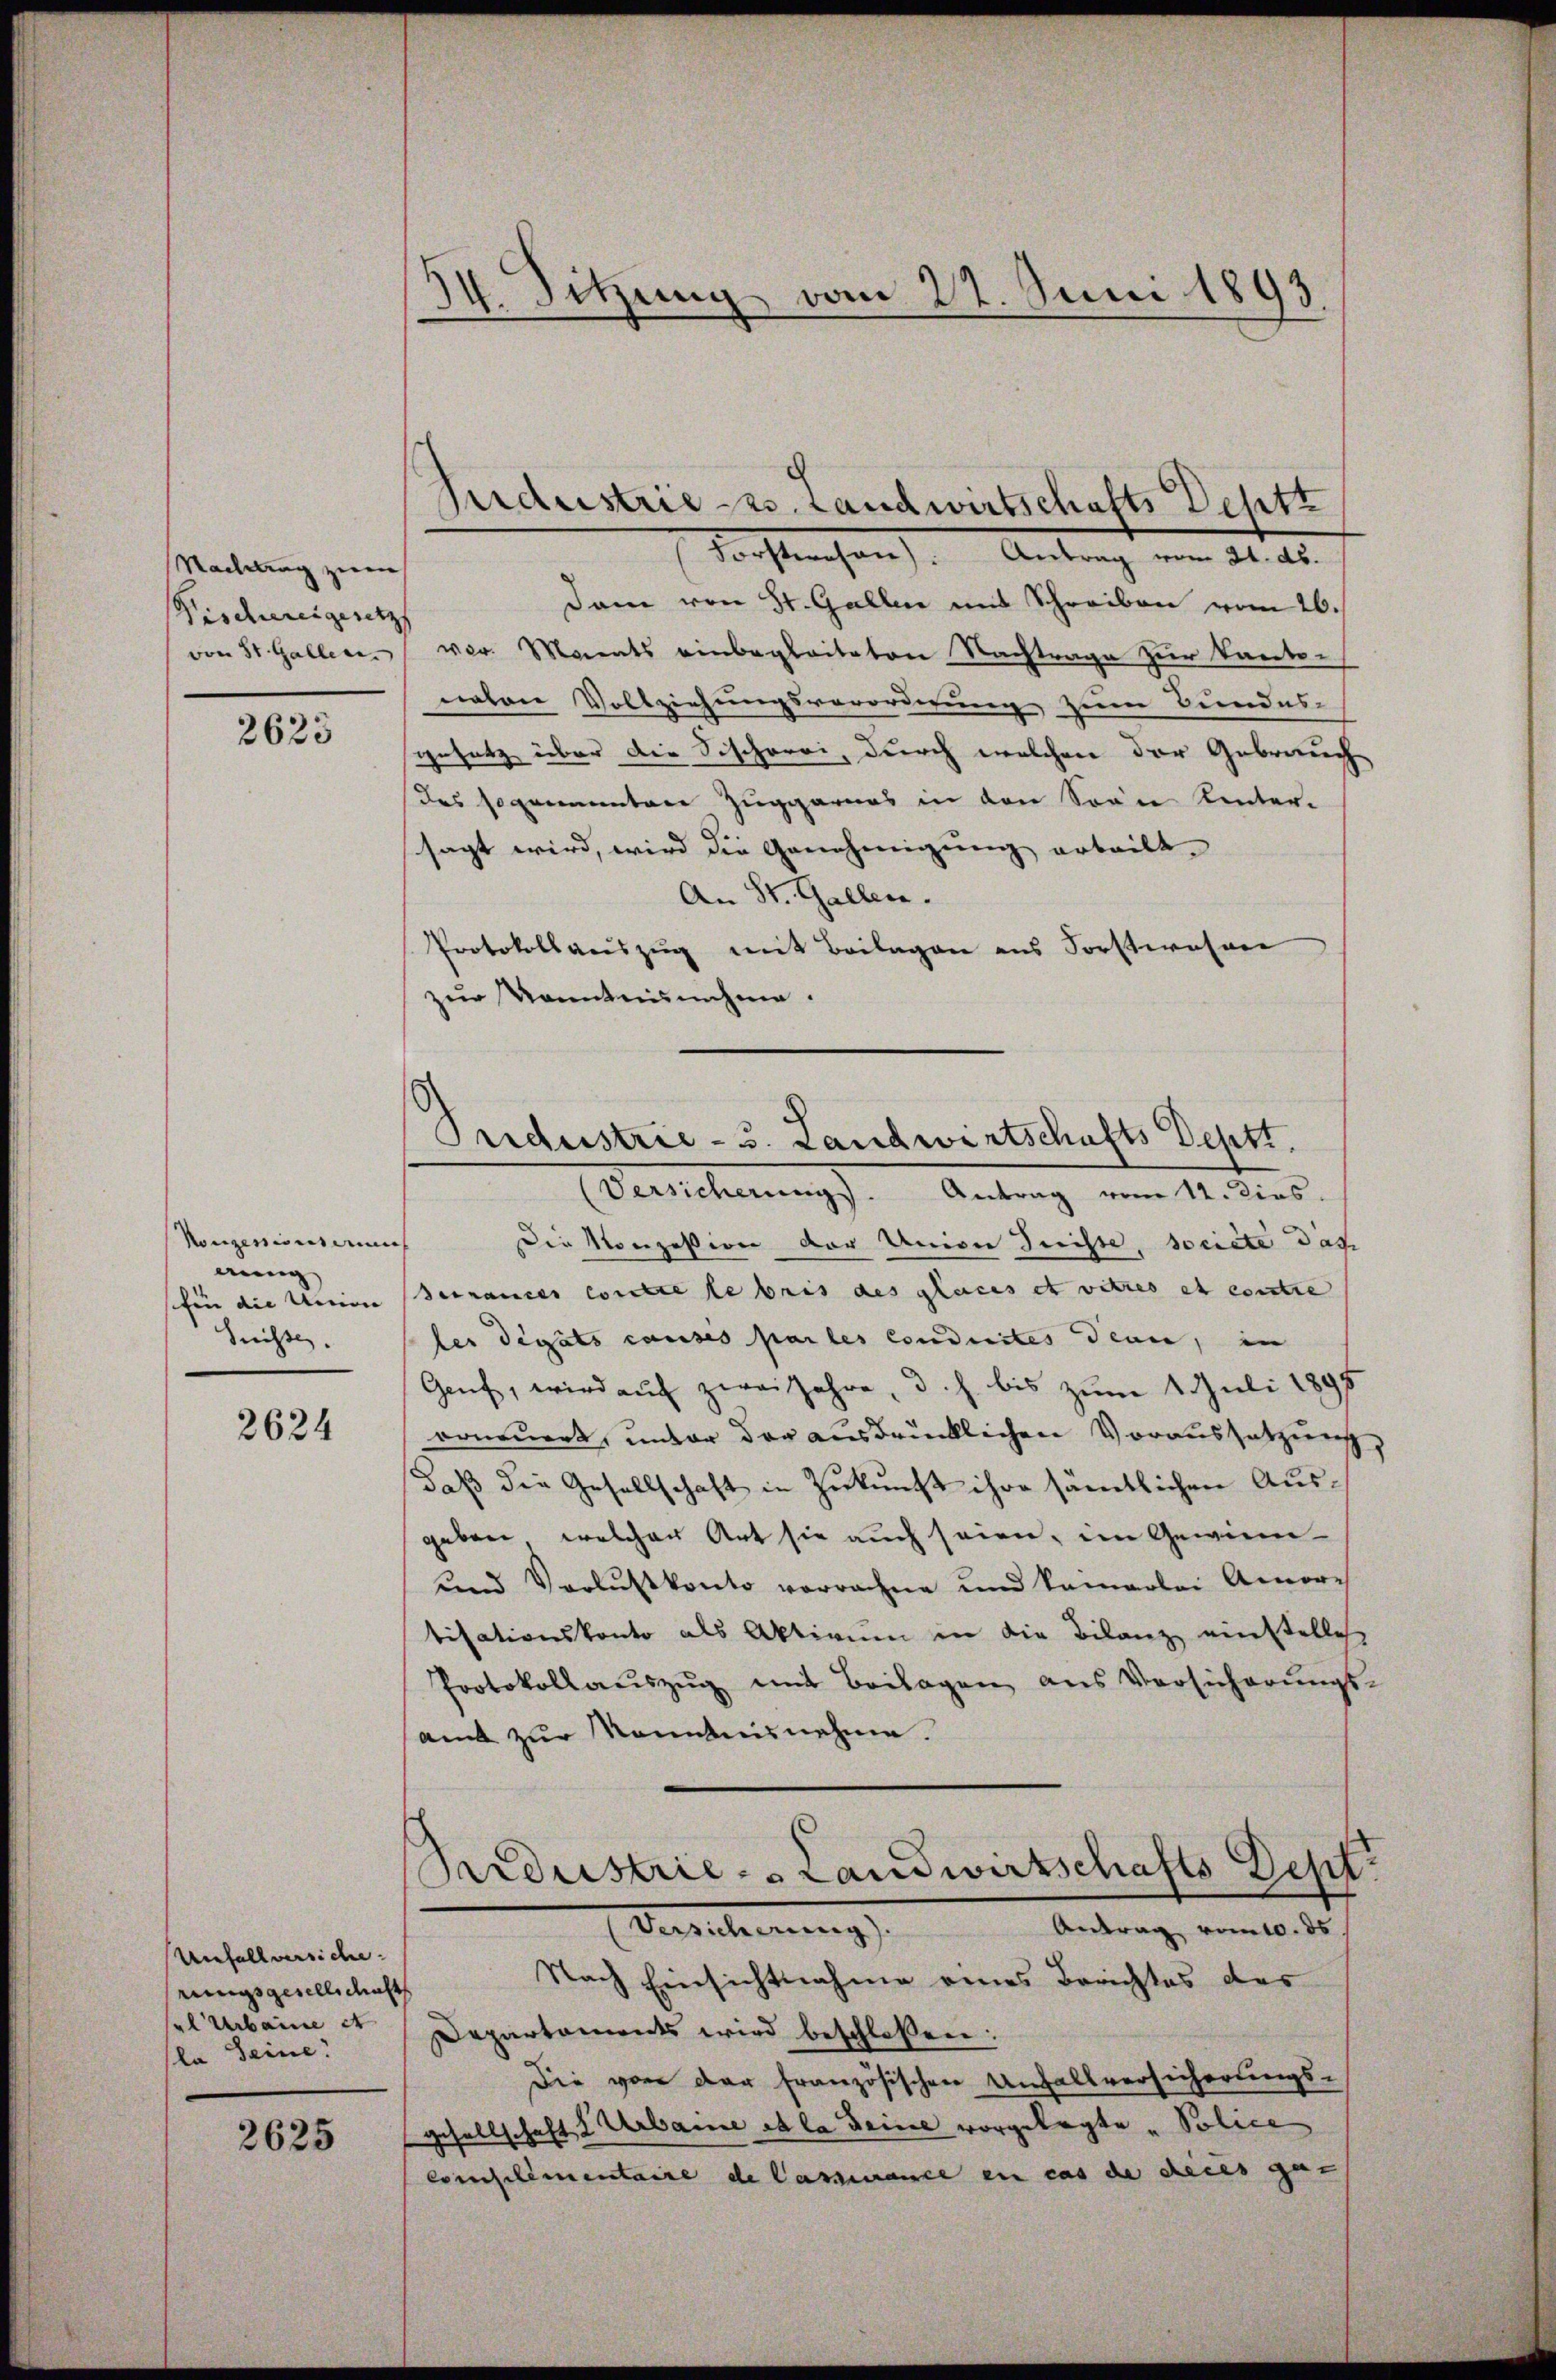
Nachlag zum
Fisdunigeretz
von St. Gallen.

2623

Konzessionsere
aung
für die Uition |
dachte

2624

Unfallversiche.
rungsgesellschaft
el Urbaine et
la Seine!

2625

.
14. Sitzung vom 22. Juni 1893.

Industrie z. Landwirtschafts Deptz

Seidestrie- u. Landwirtschafts Deptt.

Forstwesen) Antrag vom 21. ds.
Dam von St. Gallene mit Schreiben vom 26.
vor. Manats einbegleiteten Nachtrage zur Kanto-
naten Vollziehungsverordnung zum Bundes-
gesetz über die Sischerei, durch welchen der Gebrauch
des sogenannten Zuggarnes in den Seine Unter-
sagt wird, wird die Genehmigung erteilt.
An St. Gallen.
Protokollaŭszŭg mit Beilagen ans Forstwesen
zur Kenntnisnahme.
(Versicherung. Antrag vom 12. dies
Die Konzession der Union dreiste, societe das
Sennances consere le bris des places et vitres et contre
les digäts causes par les conduites denn, in
Genf, wird auch zwei Jahre, d. h. bis zum 1. Juli 1895
eoneuert, unter der ausdrücklichen Voraussetzung,
daß die Gesellschaft in Zukunft ihre sämtlichen Ausgeben, welcher Art sie auch seien, im Gewinn
und Verlustkonto vorrachne und keinerlei Amor-
tisationskonto als Aktivum in die Bilanz einstelles
Protokollaŭszŭg mit Beilagen aus Versicherŭngs-
amt zur Kenntnisnehme.
Brdustrie-Landwirtschafts Dept.
Bertscherung
Antrag vom 10. ds.
Nach Einsichtnahme eines Berichtes des
Departaments wird beschloßen:
Die von der französischen Unfallversicherungs-
gesellschaft I Urbame et la deine vorgelegte „Police
Consilimentaire de Cassance en cas de deces gut